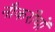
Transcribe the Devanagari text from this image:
नौकरीयों